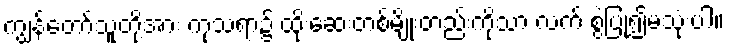
ကျွန်တော်သူတို့အား ကုသရာ၌ ထိုးဆေးတစ်မျိုးတည်းကိုသာ လက် စွဲပြု၍မသုံးပါ။